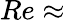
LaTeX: Re\approx